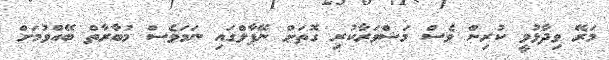
މަރޭ ވިދާޅުވީ ކުރިން ވެސް މަޝްވަރާކުރި ގޮތަށް ނޭޕާލްގައި ނަމަވެސް މުބާރާތް ބޭއްވުމަށް